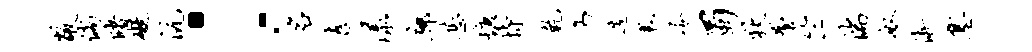
敞倘睹碍沆；名喜漾廊甚慷恃乾力造里冷蜀狄警竺湍奴淅塞